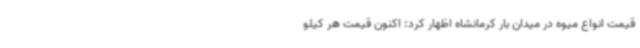
قیمت انواع میوه در میدان بار کرمانشاه اظهار کرد: اکنون قیمت هر کیلو